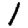
Digit: 1